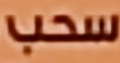
سحب